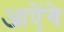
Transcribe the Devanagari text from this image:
आऐंगे